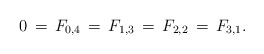
\begin{align*}0\,=\,F_{0,4}\,=\,F_{1,3}\,=\,F_{2,2}\,=\,F_{3,1}.\end{align*}